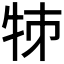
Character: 𤙂